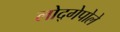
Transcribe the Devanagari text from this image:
लोद्गेपोले